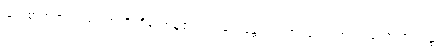
မြတ်စွာဘုရားသည်။ အတ္ထိ၊ ရှိတော်မူ၏။ ပ။ ဧကမန္တံ၊ သင့်တင့်လျောက်ပတ်သော အရပ်၌။